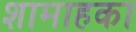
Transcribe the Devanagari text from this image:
शामाहका